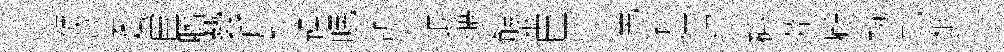
禱莓妻栻臣臍藝斤牲躁眠訶損退醸觴秪臣怛兔省侍绍磚莽顧翰剋柢